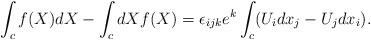
LaTeX: \begin{align*}\int_{c}f(X)dX -\int_{c} dX f(X)= \epsilon_{ijk}e^{k}\int_{c} (U_{i}dx_{j}-U_{j}dx_{i}).\end{align*}